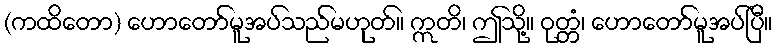
(ကထိတော) ဟောတော်မူအပ်သည်မဟုတ်။ ဣတိ၊ ဤသို့။ ဝုတ္တံ၊ ဟောတော်မူအပ်ပြီ။